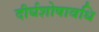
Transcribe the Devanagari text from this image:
दीर्घशोषावधि